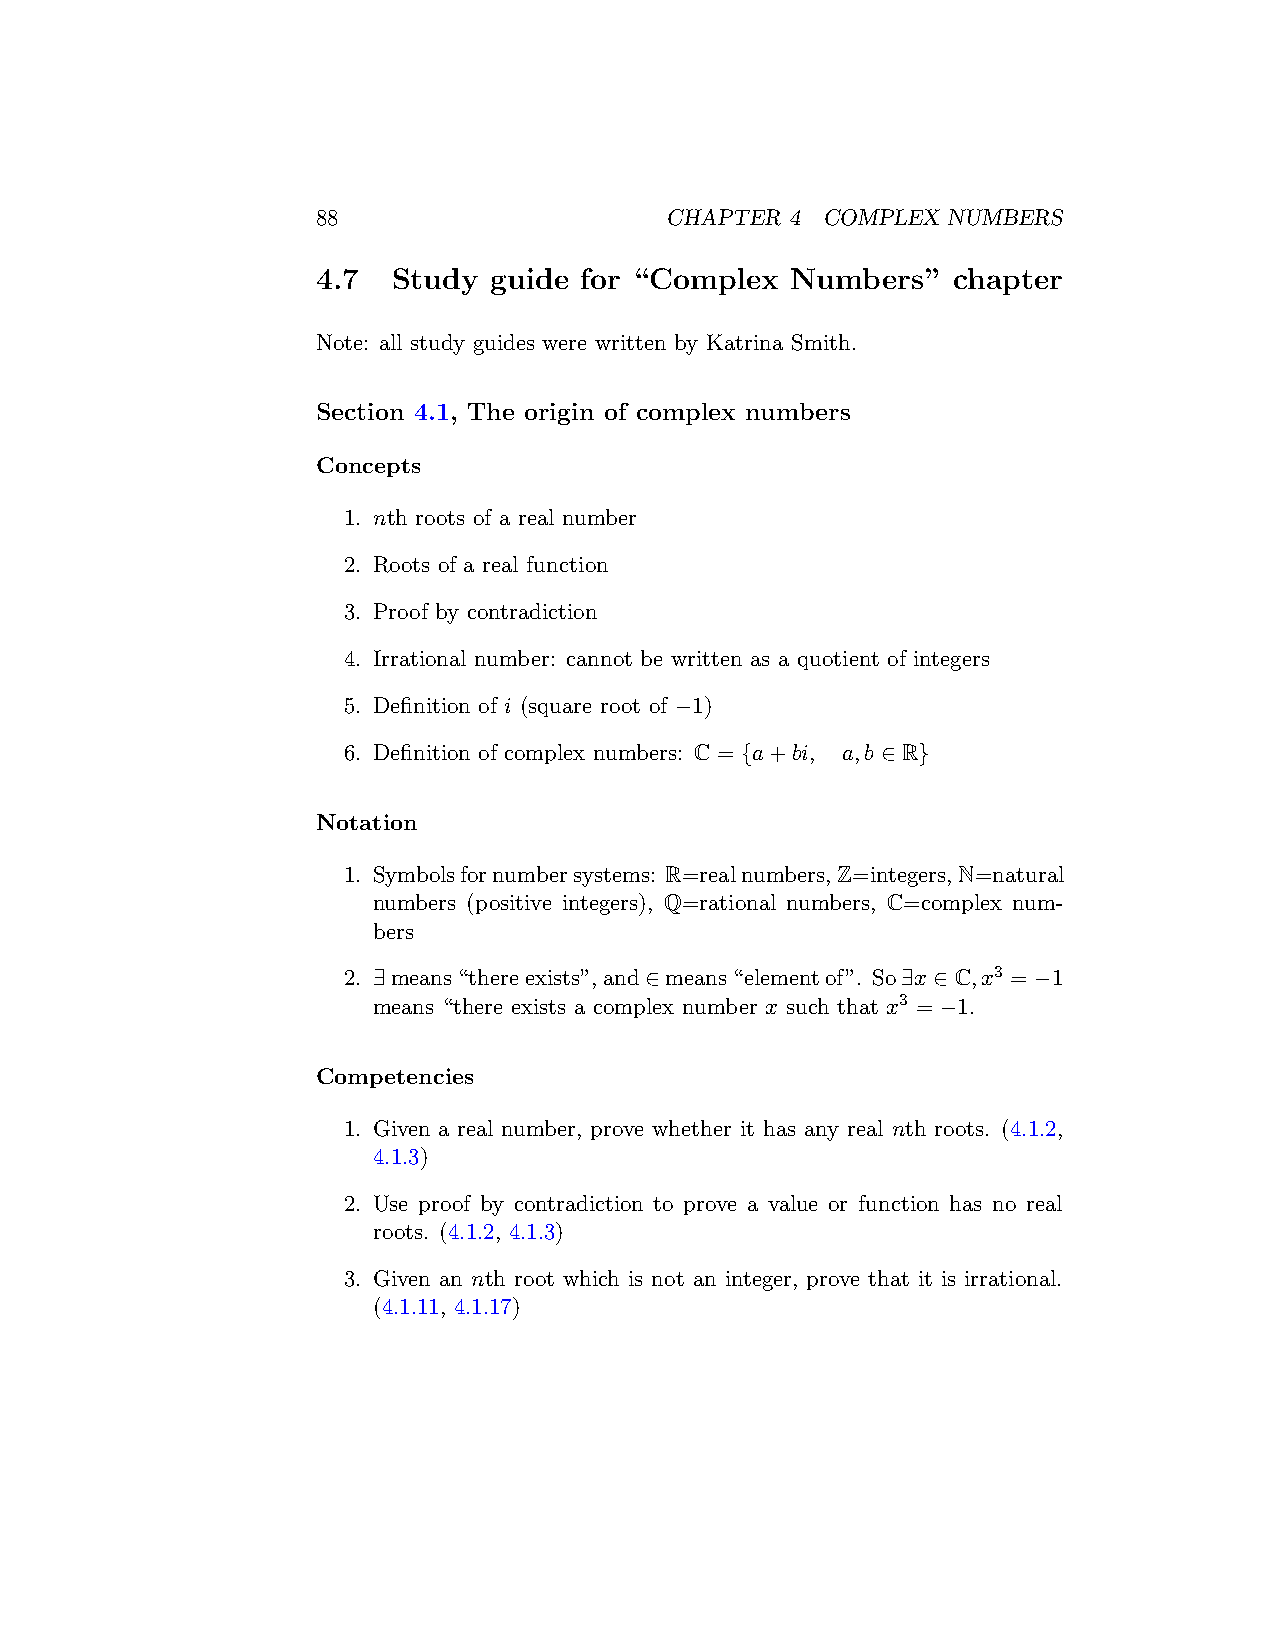
88                     CHAPTER 4 COMPLEX  NUMBERS
 4.7  Study guide for “Complex  Numbers”   chapter
 Note: all study guides were written by Katrina Smith.
 Section 4.1, The origin of complex numbers
 Concepts
 1. nth roots of a real number
 2. Roots of a real function
 3. Proof by contradiction
 4. Irrational number: cannot be written as a quotient of integers
 5. Definition of i (square root of −1)
 6. Definition of complex numbers: C = {a+bi, a,b ∈ R}
 Notation
 1. Symbolsfornumbersystems: R=realnumbers,Z=integers,N=natural
 numbers (positive integers), Q=rational numbers, C=complex num-
 bers
 2. ∃means“thereexists”,and∈means“elementof”. So∃x ∈ C,x3 = −1
 means “there exists a complex number x such that x3 = −1.
 Competencies
 1. Given a real number, prove whether it has any real nth roots. (4.1.2,
 4.1.3)
 2. Use proof by contradiction to prove a value or function has no real
 roots. (4.1.2, 4.1.3)
 3. Given an nth root which is not an integer, prove that it is irrational.
 (4.1.11, 4.1.17)